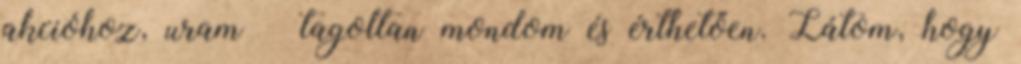
akcióhoz, uram – tagoltan mondom és érthetően. Látom, hogy